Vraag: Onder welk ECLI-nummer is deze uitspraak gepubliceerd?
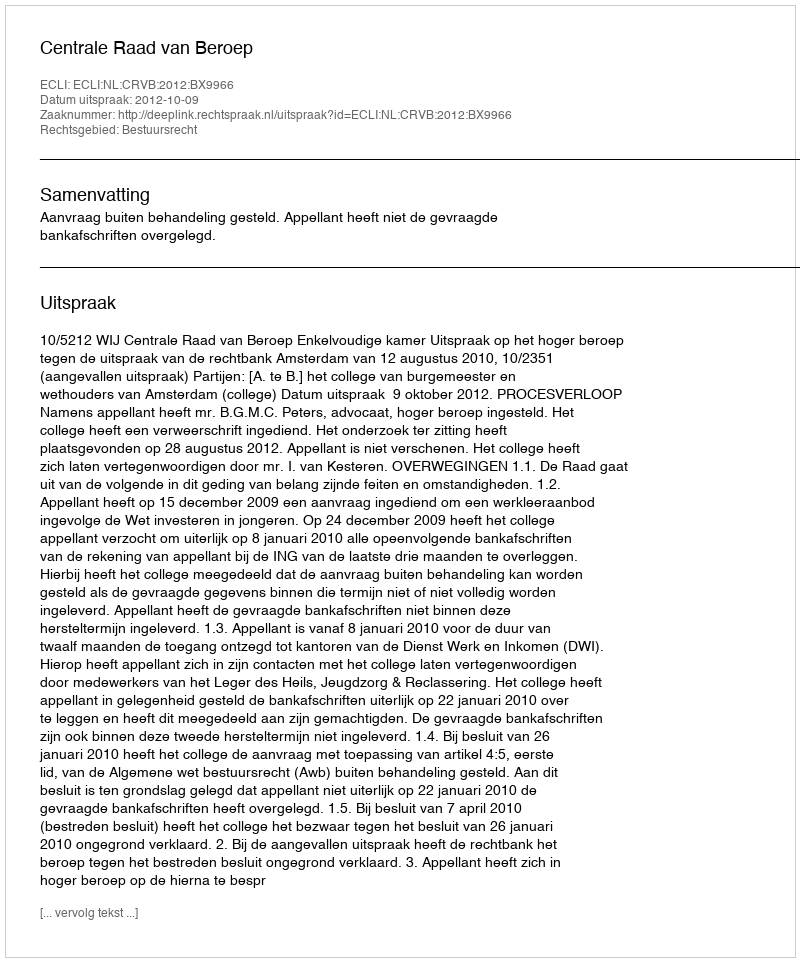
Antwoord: ECLI:NL:CRVB:2012:BX9966